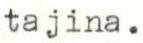
tajina.